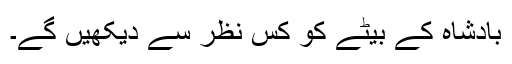
بادشاہ کے بیٹے کو کس نظر سے دیکھیں گے۔